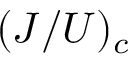
( J / U ) _ { c }